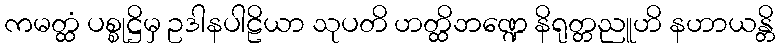
ကမတ္ထံ ပစ္စုဋ္ဌိမှ ဥဒါနပါဠိယာ သုပတိ ဟတ္ထိဘဏ္ဍေ နိရုတ္တညူဟိ နဟာယန္တိ